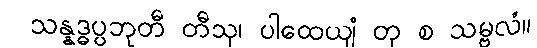
သန္နဒ္ဓပ္ပဘုတီ တီသု၊ ပါထေယျံ တု စ သမ္ဗလံ။